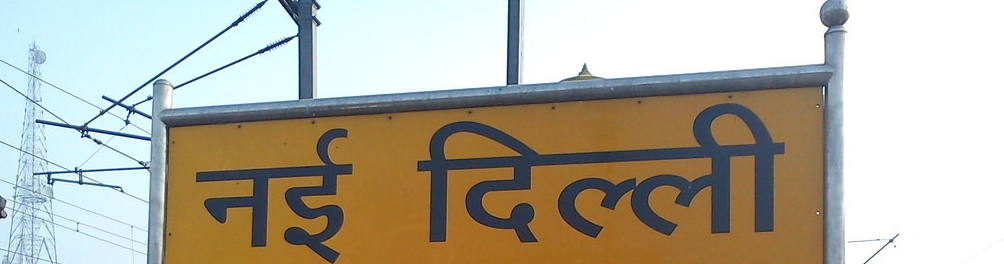
Language: hindi
Transcription: नई दिल्ली